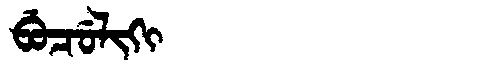
Manchu: ᠪᡠᠴᡠᠯᡳᡴᡳ
Romanization: BUCULIKI